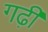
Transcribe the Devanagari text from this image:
गढ़ीं